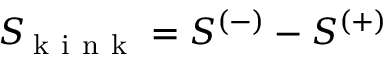
S _ { \! \mathrm { ~ k ~ i ~ n ~ k ~ } } = S ^ { ( - ) } - S ^ { ( + ) }